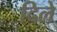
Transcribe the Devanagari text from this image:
दिलेे